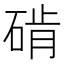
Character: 𬒔